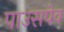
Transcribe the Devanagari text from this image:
पाउसपेव